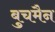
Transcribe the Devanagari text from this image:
बुचमैन